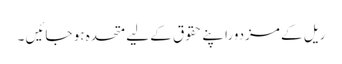
ریل کے مزدوراپنے حقوق کے لیے متحدہ ہو جائیں ۔